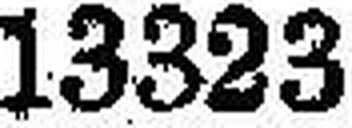
13323